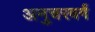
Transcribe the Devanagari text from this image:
अनुचरवर्ग